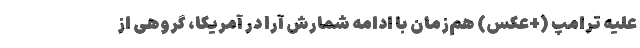
علیه ترامپ (+عکس) هم‌زمان با ادامه شمارش آرا در آمریکا،‌ گروهی از